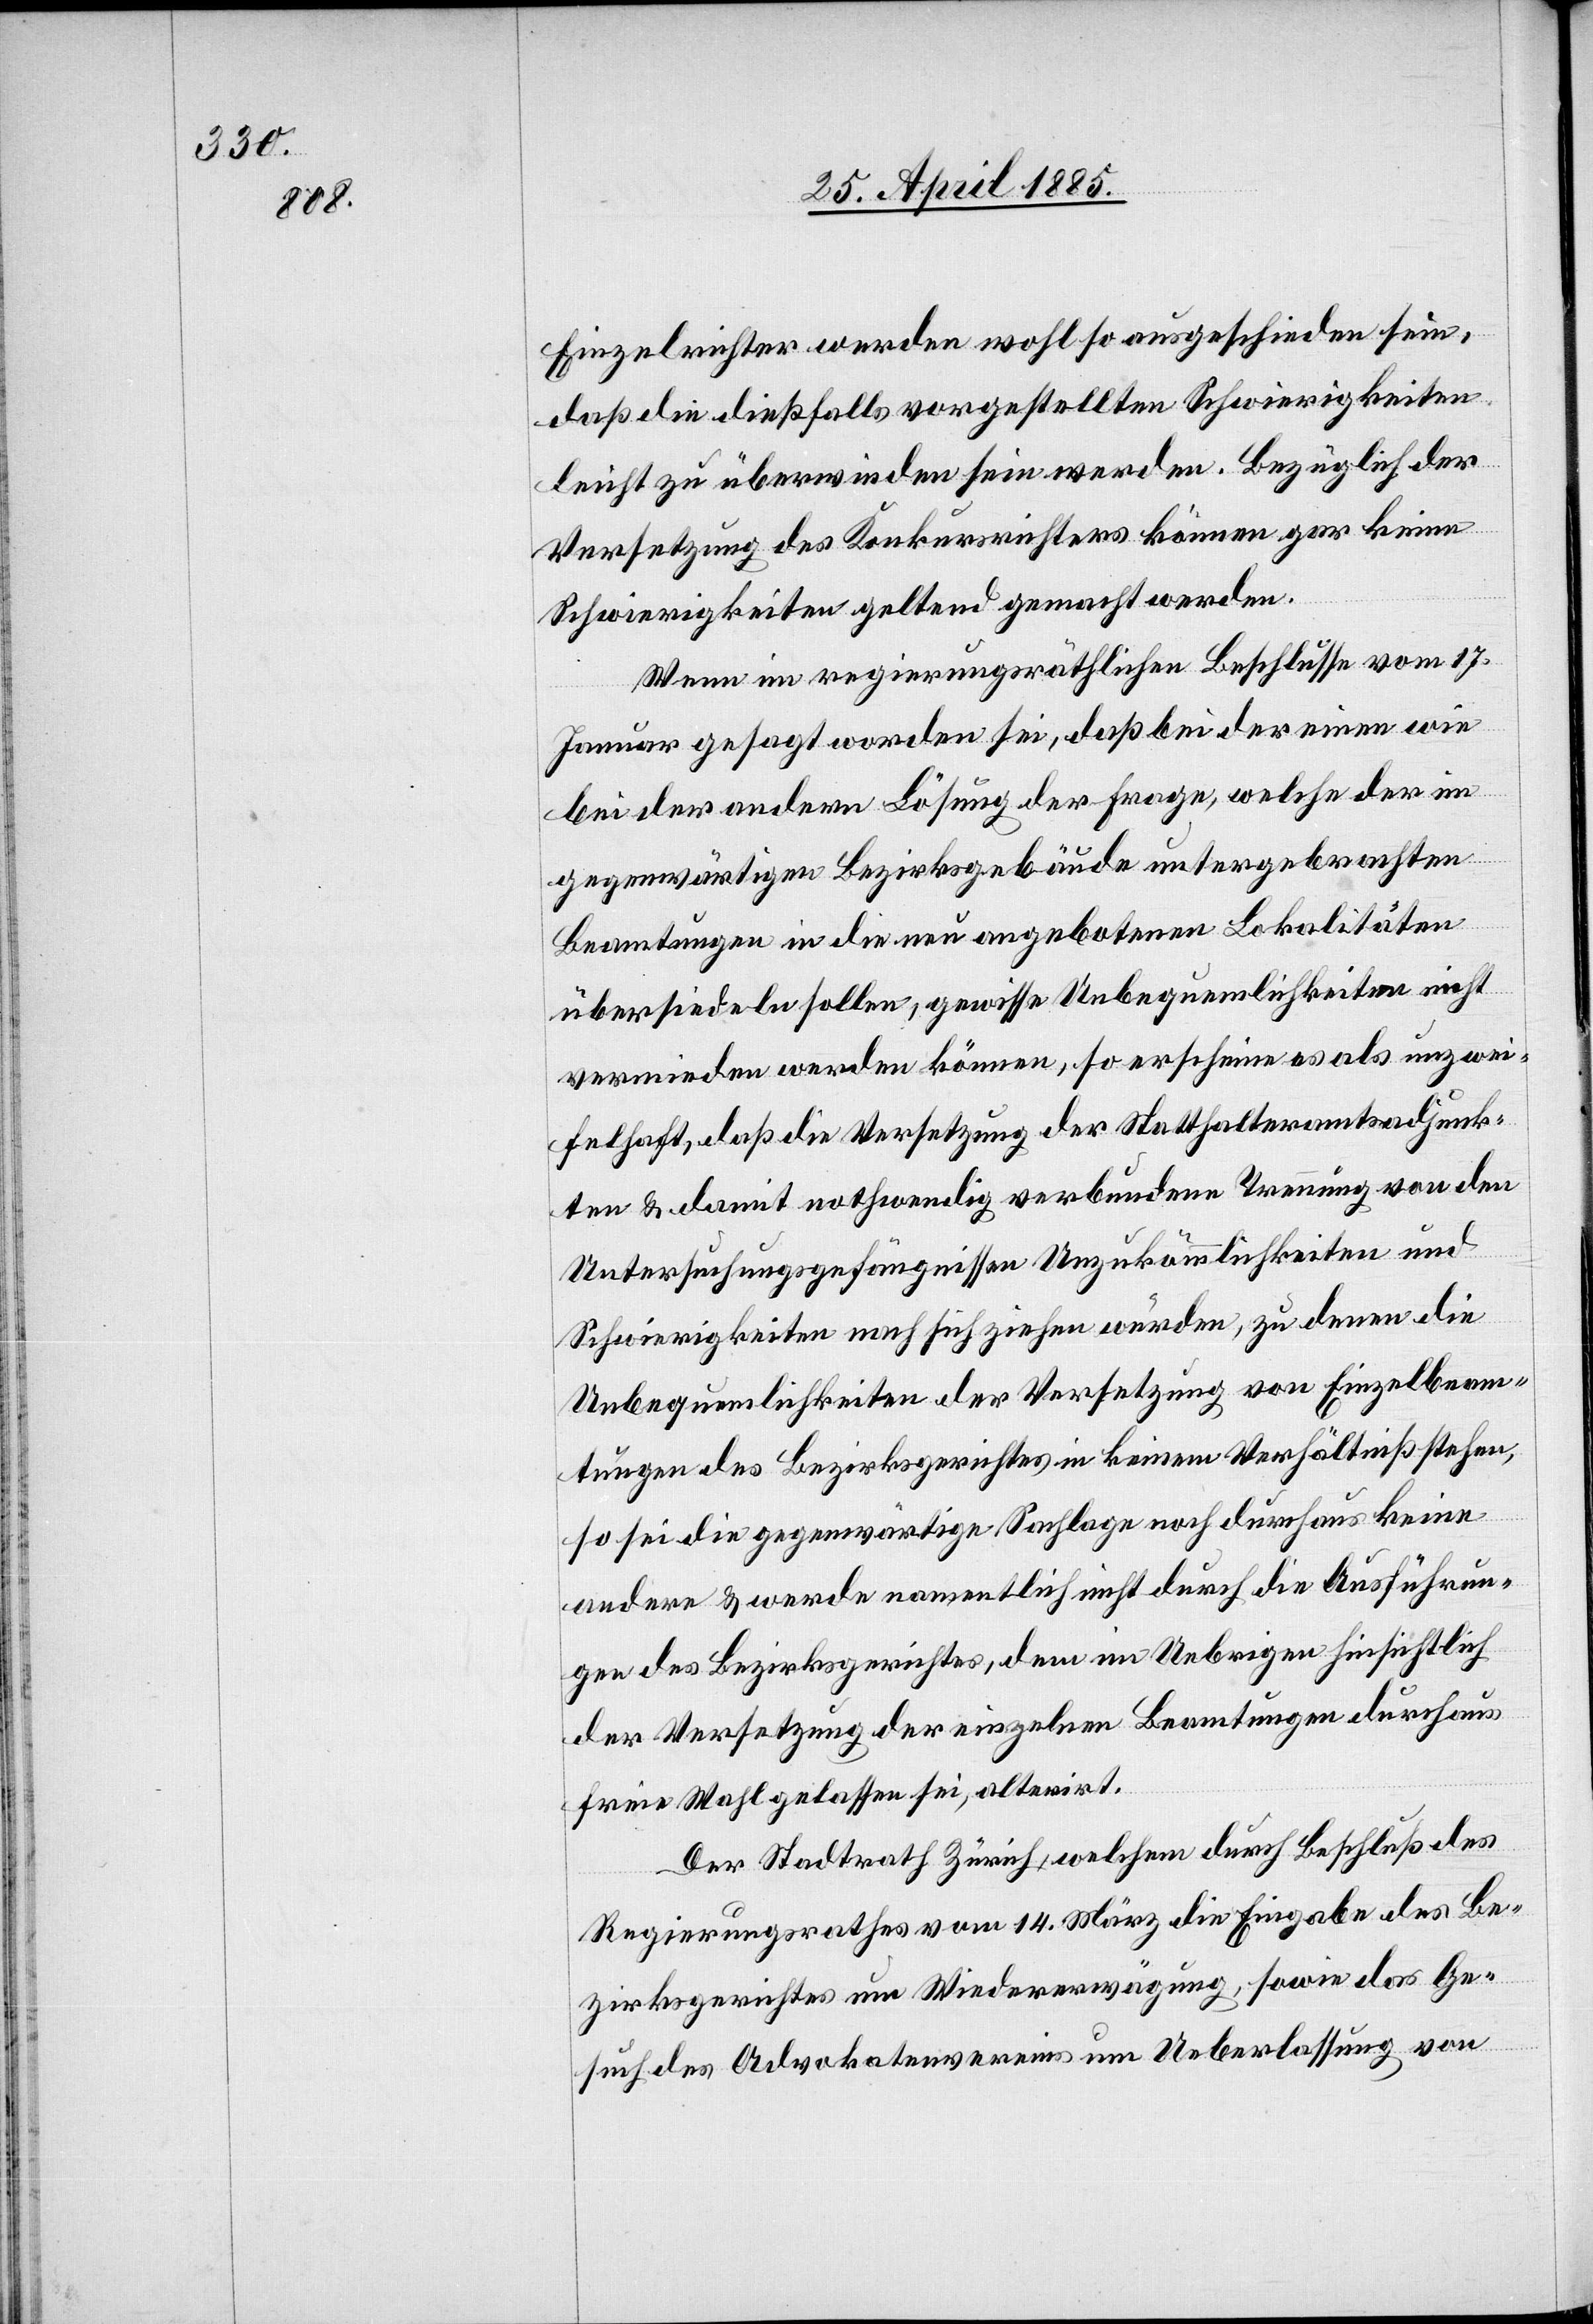
Einzelrichter werden wohl so ausgeschieden sein,
das die dießfalls vorgestellten Schwierigkeiten
leicht zu überwinden sein werden. Bezüglich der
Versetzung des Konkursrichters können gar keine
Schwierigkeiten geltend gemacht werden.
Wenn im regierungsräthlichen Beschlusse vom 17.
Januar gesagt worden sei, daß bei der einen wie
bei der andern Lösung der Frage, welche der im
gegenwärtigen Bezirksgebäude untergebrachten
Beamtungen in die neu angebotenen Lokalitäten
übersiedeln sollen, gewisse Unbequemlichkeiten nicht
vermieden werden können, so erscheine es als unzwei¬
felhaft, daß die Versetzung der Statthalteramtsadjunk¬
ten & damit nothwendig verbundene Trennung von den
Untersuchungsgefängnissen Unzukömmlichkeiten und
Schwierigkeiten nach sich ziehen würden, zu denen die
Unbequemlichkeiten der Versetzung von Einzelbeam¬
tungen des Bezirksgerichtes in keinem Verhältniß stehen,
so sei die gegenwärtige Sachlage noch durchaus keine
andere & werde namentlich nicht durch die Ausführun¬
gen des Bezirksgerichtes, dem im Uebrigen hinsichtlich
der Versetzung der einzelnen Beatmungen durchaus
freie Wahl gelassen sei, alterirt.
Der Stadtrath Zürich, welchem durch Beschluß des
Regierungsrathes vom 14. März die Eingabe des Be¬
zirksgerichtes um Wiedererwägung, sowie das Ge¬
such des Advokatenvereins um Ueberlassung von